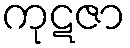
ကုဋဇာ